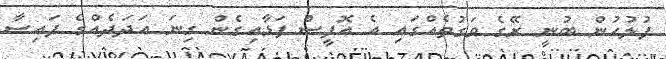
ފުލުހުން ބުނީ ރޭގެ ވަގުތެއްގައި އެ އޮފީސް ފަޅާއިގެން ގިނަ އަދަދެއްގެ ފައިސާ